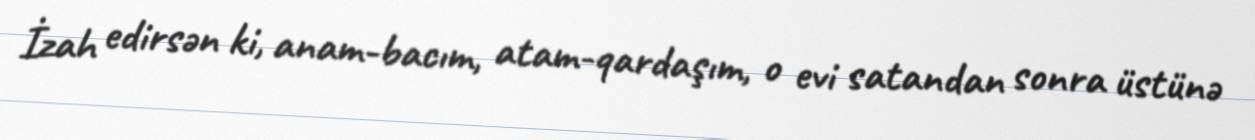
İzah edirsən ki, anam-bacım, atam-qardaşım, o evi satandan sonra üstünə